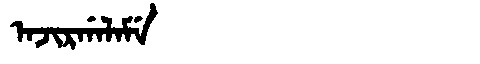
Manchu: ᠠᠵᡳᡵᡤᠠᠯᠠᠮᡝ
Romanization: AJIRGALAME